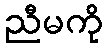
ညီမကို